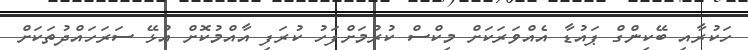
ހަކުރާއި ބޭކިންގް ޕައުޑާ އެއްވަރަކަށް މިކްސް ކުރުމަށްފަހު ކުރަފި އާއްމުކޮށް އުޅޭ ސަރަހައްދުތަކަށް